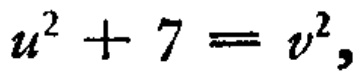
\(u^{2}+7 = v^{2},\)